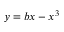
\ y = b x - x ^ { 3 }